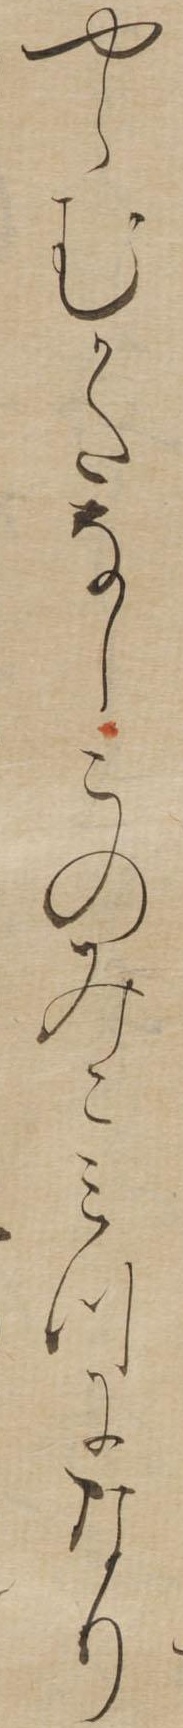
やらむかたなしこのみこみつになり